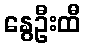
နွေဦးထီ